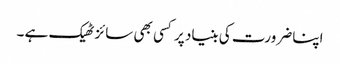
اپنا ضرورت کی بنیاد پر کسی بھی سائز ٹھیک ہے ۔